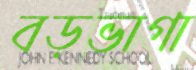
বড়ভাগা